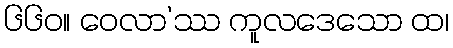
၆၆၀။ ဝေလာ’ဿ ကူလဒေသော ထ၊